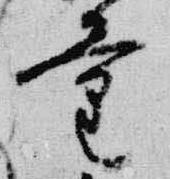
量